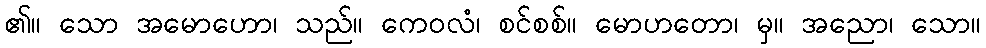
၏။ သော အမောဟော၊ သည်။ ကေဝလံ၊ စင်စစ်။ မောဟတော၊ မှ။ အညော၊ သော။